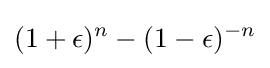
(1+\epsilon )^{n}-(1-\epsilon )^{-n}